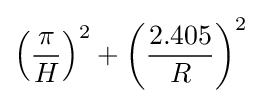
\left({\frac {\pi }{H}}\right)^{2}+\left({\frac {2.405}{R}}\right)^{2}